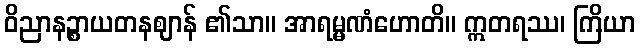
ဝိညာနဉ္စာယတနဈာန် ၏သာ။ အာရမ္မဏံဟောတိ။ ဣတရဿ၊ ကြိယာ